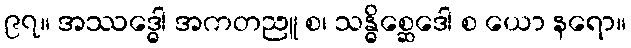
၉၇။ အဿဒ္ဓေါ အကတညူ စ၊ သန္ဓိစ္ဆေဒေါ စ ယော နရော။